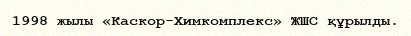
1998 жылы «Каскор-Химкомплекс» ЖШС құрылды.